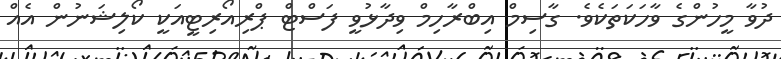
ދުވާ މީހުންގެ ވާހަކަތަކެވެ. ގާސިމް އިބްރާހިމް ވިދާޅުވީ ފަސްޓް ޕްރިއޯރިޓީއަކީ ކޯލިޝަނުން އެއް